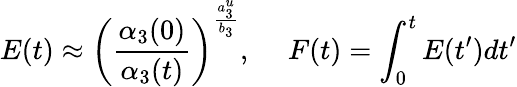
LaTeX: E(t)\approx\left({\frac{\alpha_{3}(0)}{\alpha_{3}(t)}}\right)^{{\frac{a_{3}^{u}}{b_{3}}}},~~~~~F(t)=\int_{0}^{t}E(t^{\prime})dt^{\prime}